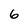
Character: 6